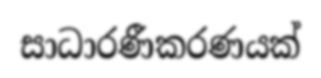
සාධාරණීකරණයක්